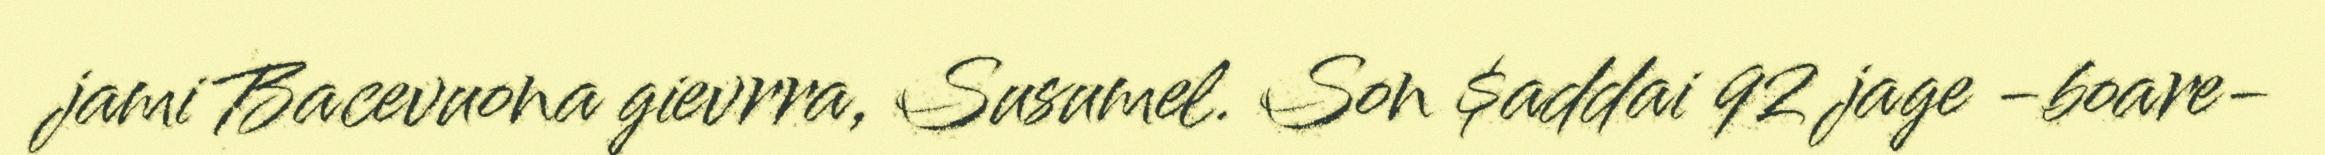
jami Bacevuona gievrra, Susumel. Son $addai 92 jage -boare-